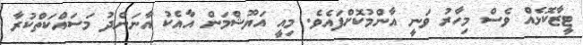
ޓީޒާކޮޅެއް ވެސް މިހާރު ވަނީ އާންމުކޮށްފައެވެ. މިއީ އަޔޫޝްމަން އާއެކު އާނަންދު މަސައްކަތްކުރާ